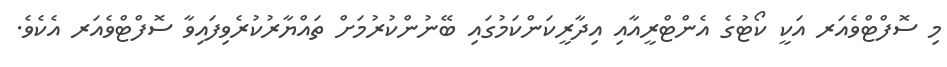
މި ސޮފްޓްވެއަރ އަކީ ކޯޓުގެ އެންޓްރީއާއި އިދާރީކަންކަމުގައި ބޭނުންކުރުމަށް ތައްޔާރުކުރެވިފައިވާ ސޮފްޓްވެއަރ އެކެވެ.